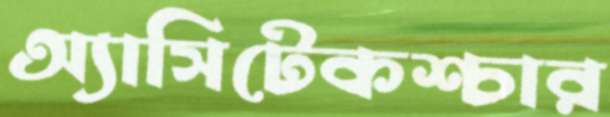
অ্যাসিটেকশ্চার